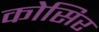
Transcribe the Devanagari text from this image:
कोसिर